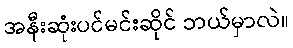
အနီးဆုံးပင်မင်းဆိုင် ဘယ်မှာလဲ။